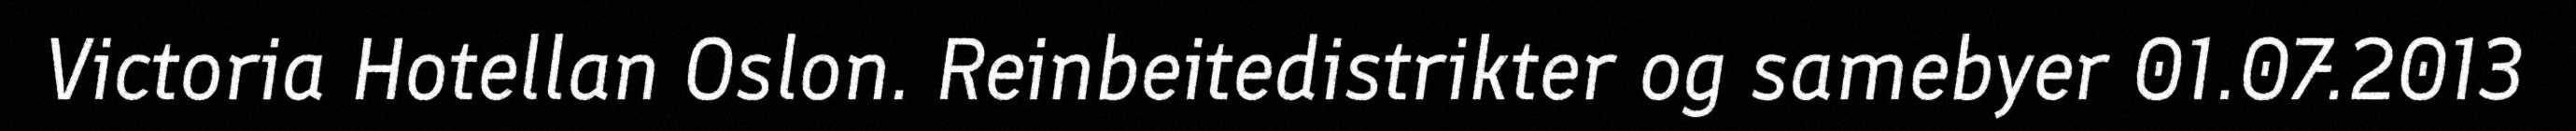
Victoria Hotellan Oslon. Reinbeitedistrikter og samebyer 01.07.2013